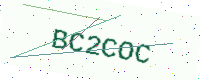
Text: BC2COC